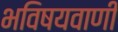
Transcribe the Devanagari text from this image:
भविषयवाणी